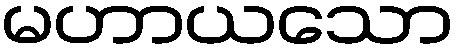
မဟာယသော